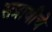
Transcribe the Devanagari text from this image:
सत्रावीचे